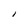
Character: l